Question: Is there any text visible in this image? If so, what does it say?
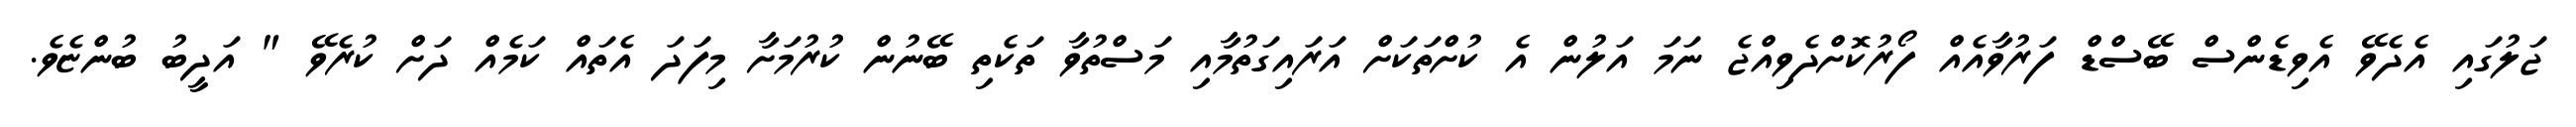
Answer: ޖަލުގައި އެދެވޭ އެވިޑެންސް ބޭސްޑް ފަރުވާއެއް ފޯރުކޮށްދެވިއްޖެ ނަމަ އަލުން އެ ކުށްތަކަށް އަރައިގަތުމާއި މަސްތުވާ ތަކެތި ބޭނުން ކުރުމަށާ މިފަދަ އެތައް ކަމެއް ދަށް ކުރެވޭ " އަދީބު ބުންޏެވެ.